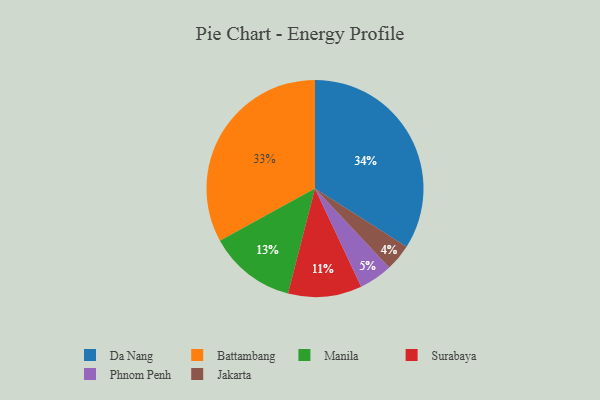
{"axis": {"x": "Category", "y": "Percentage"}, "legend": ["Battambang", "Da Nang", "Jakarta", "Manila", "Phnom Penh", "Surabaya"], "data": [{"x": "Jakarta", "y": 4, "type": "Jakarta"}, {"x": "Battambang", "y": 33, "type": "Battambang"}, {"x": "Phnom Penh", "y": 5, "type": "Phnom Penh"}, {"x": "Surabaya", "y": 11, "type": "Surabaya"}, {"x": "Manila", "y": 13, "type": "Manila"}, {"x": "Da Nang", "y": 34, "type": "Da Nang"}]}